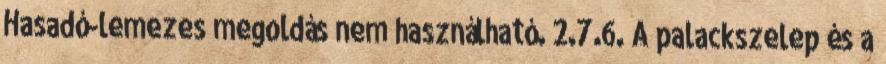
Hasadó-lemezes megoldás nem használható. 2.7.6. A palackszelep és a